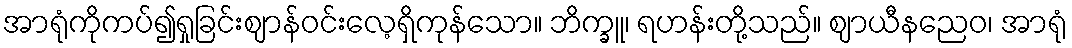
အာရုံကိုကပ်၍ရှုခြင်းဈာန်ဝင်းလေ့ရှိကုန်သော။ ဘိက္ခူ၊ ရဟန်းတို့သည်။ ဈာယီနညေဝ၊ အာရုံ